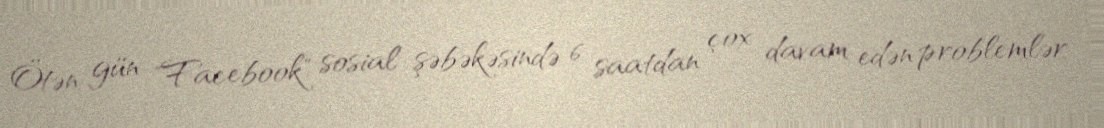
Ötən gün "Facebook" sosial şəbəkəsində 6 saatdan çox davam edən problemlər